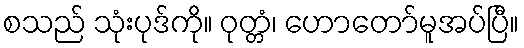
စသည် သုံးပုဒ်ကို။ ဝုတ္တံ၊ ဟောတော်မူအပ်ပြီ။